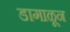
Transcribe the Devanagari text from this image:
डागाळून